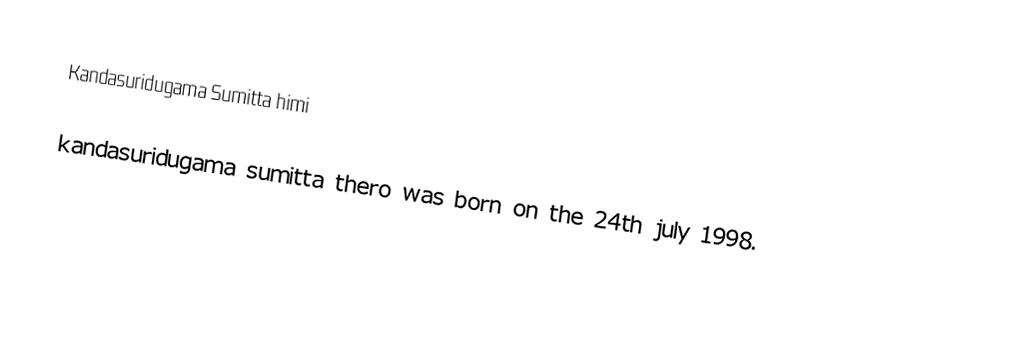
Kandasuridugama Sumitta himi

kandasuridugama sumitta thero was born on the 24th july 1998.